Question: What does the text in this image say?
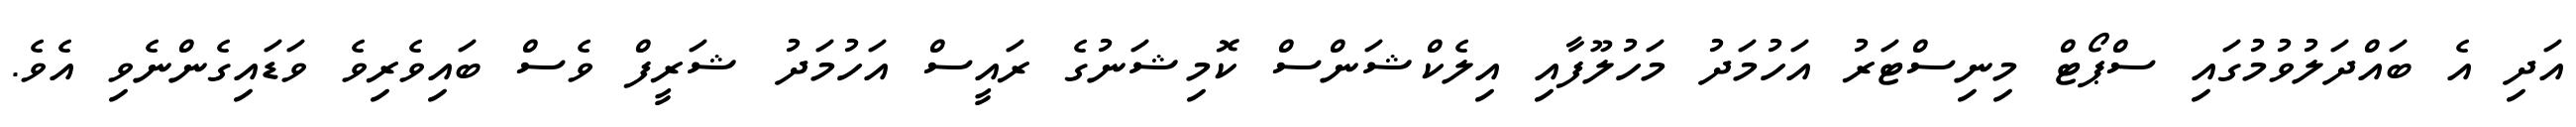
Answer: އަދި އެ ބައްދަލުވުމުގައި ސްޕޯޓް މިނިސްޓަރު އަހުމަދު މަހުލޫފާއި އިލެކްޝަންސް ކޮމިޝަނުގެ ރައީސް އަހުމަދު ޝަރީފް ވެސް ބައިވެރިވެ ވަޑައިގެންނެވި އެވެ.